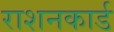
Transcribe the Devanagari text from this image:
राशनकार्ड